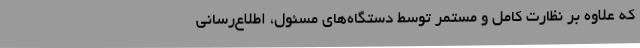
که علاوه بر نظارت کامل و مستمر توسط دستگاه‌های مسئول، اطلاع‌رسانی